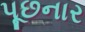
પૂછનાર